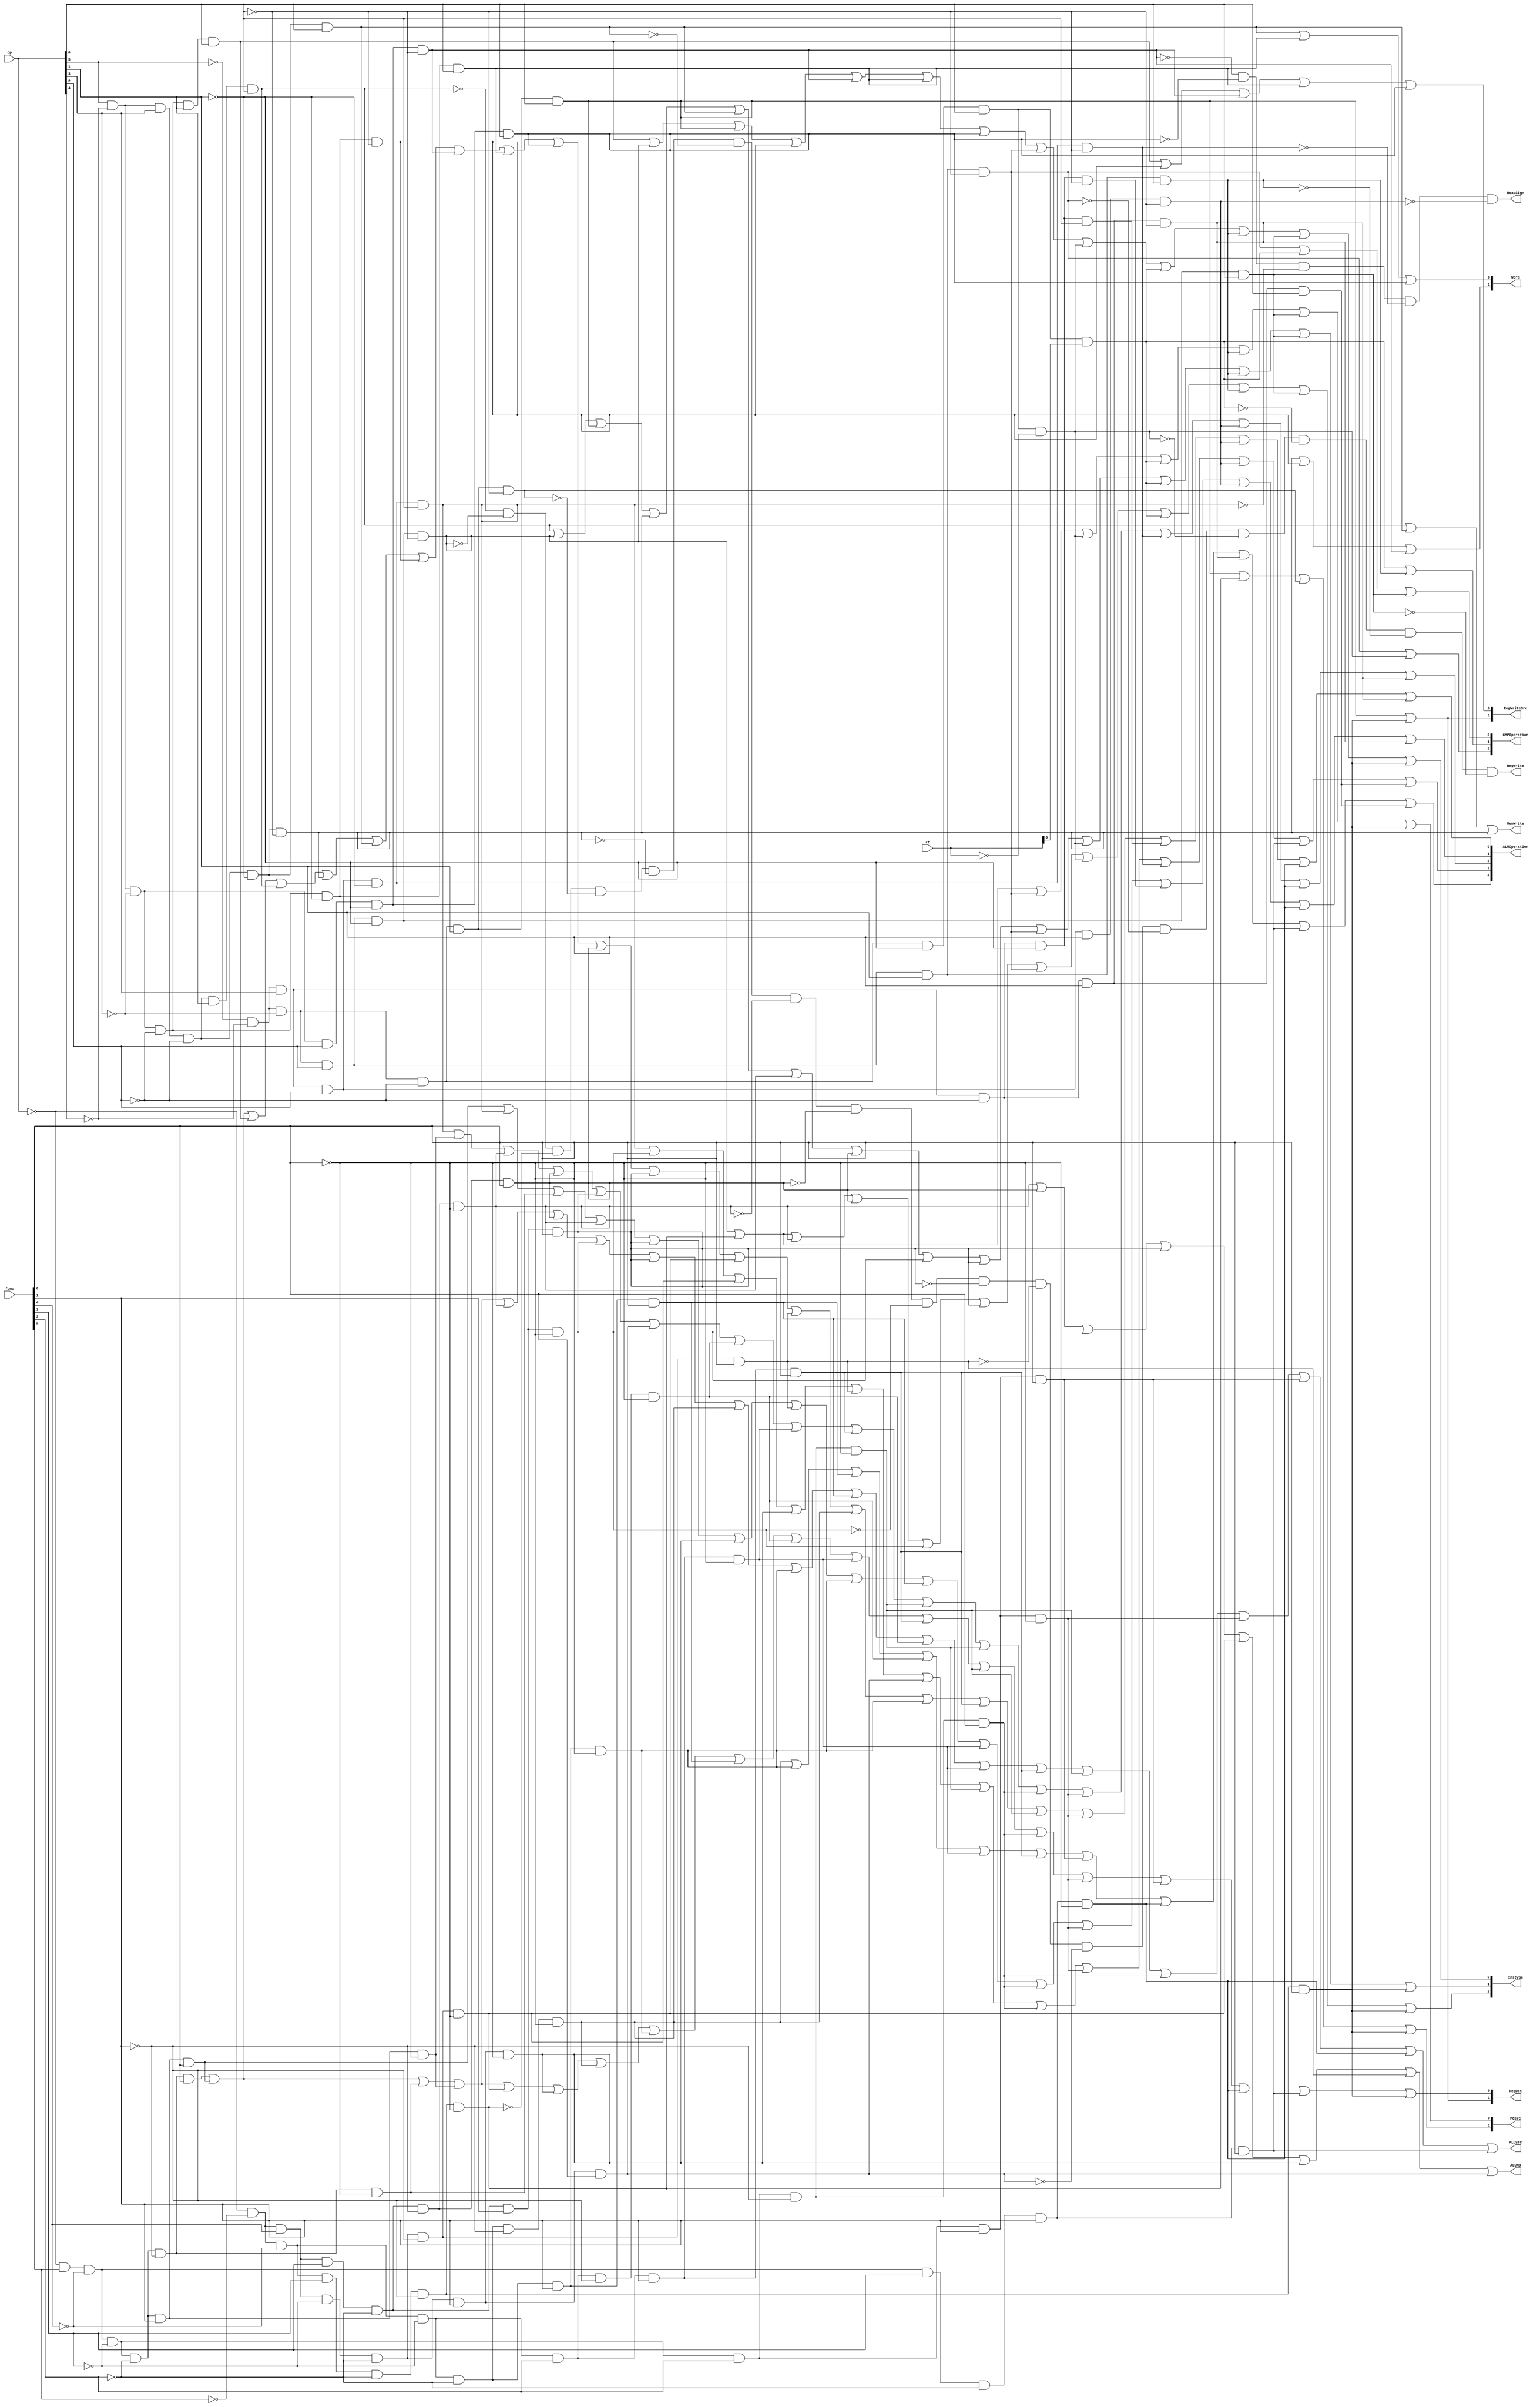
`timescale 1ns / 1ns
//////////////////////////////////////////////////////////////////////////////////
// Company:
// Engineer:
//
// Design Name:
// Module Name: ctrl
// Project Name:
// Target Devices:
// Tool Versions:
// Description:
//
// Dependencies:
//
// Revision:
// Revision 0.01 - File Created
// Additional Comments:
//
//////////////////////////////////////////////////////////////////////////////////


module Control(op,func,rt,PCSrc,RegWriteSrc,RegWrite,MemWrite,RegDst,ALUSrc,ALUOperation,ALUMD,CMPOperation,Word,ReadSign,Instype);
input [5:0] op;
input [5:0] func;
input [4:0] rt;
output [1:0] PCSrc,RegWriteSrc,RegDst,Word;
output [4:0] ALUOperation;
output  ALUMD;
output [2:0] Instype,CMPOperation;
output RegWrite,MemWrite,ALUSrc,ReadSign;

wire I_addu,I_subu,I_add,I_sub;
wire I_mult,I_multu,I_div,I_divu,I_mfhi,I_mflo,I_mthi,I_mtlo;
wire I_sll,I_srl,I_sra,I_sllv,I_srlv,I_srav;
wire I_ori,I_and,I_or,I_xor,I_nor,I_addi,I_addiu,I_andi,I_xori;
wire I_slt,I_slti,I_sltu,I_sltiu;
wire I_beq,I_bne,I_blez,I_bltz,I_bgez,I_bgtz;
wire I_lui;
wire I_jal,I_j,I_jr,I_jalr;
wire I_sb,I_sh,I_lb,I_lbu,I_lh,I_lhu,I_lw,I_sw;

assign I_addu=!op & func[5] & ~func[4] & ~func[3] & ~func[2] & ~func[1] & func[0];
assign I_subu=!op & func[5] & ~func[4] & ~func[3] & ~func[2] & func[1] & func[0];
assign I_ori=~op[5] & ~op[4] & op[3] & op[2] & ~op[1] & op[0];
assign I_lw=op[5] & ~op[4] & ~op[3] & ~op[2] & op[1] & op[0];
assign I_sw=op[5] & ~op[4] & op[3] & ~op[2] & op[1] & op[0];
assign I_beq=~op[5] & ~op[4] & ~op[3] & op[2] & ~op[1] & ~op[0];
assign I_lui=~op[5] & ~op[4] & op[3] & op[2] & op[1] & op[0];
assign I_jal=~op[5] & ~op[4] & ~op[3] & ~op[2] & op[1] & op[0];
assign I_jr=!op & ~func[5] & ~func[4] & func[3] & ~func[2] & ~func[1] & ~func[0];
assign I_j=~op[5] & ~op[4] & ~op[3] & ~op[2] & op[1] & ~op[0];
assign I_sb=op[5] & ~op[4] & op[3] & ~op[2] & ~op[1] & ~op[0];
assign I_sh=op[5] & ~op[4] & op[3] & ~op[2] & ~op[1] & op[0];
assign I_lb=op[5] & ~op[4] & ~op[3] & ~op[2] & ~op[1] & ~op[0];
assign I_lbu=op[5] & ~op[4] & ~op[3] & op[2] & ~op[1] & ~op[0];
assign I_lh=op[5] & ~op[4] & ~op[3] & ~op[2] & ~op[1] & op[0];
assign I_lhu=op[5] & ~op[4] & ~op[3] & op[2] & ~op[1] & op[0];
assign I_add=!op & func[5] & ~func[4] & ~func[3] & ~func[2] & ~func[1] & ~func[0];
assign I_sub=!op & func[5] & ~func[4] & ~func[3] & ~func[2] & func[1] & ~func[0];
assign I_mult=!op & ~func[5] & func[4] & func[3] & ~func[2] & ~func[1] & ~func[0];
assign I_multu=!op & ~func[5] & func[4] & func[3] & ~func[2] & ~func[1] & func[0];
assign I_div=!op & ~func[5] & func[4] & func[3] & ~func[2] & func[1] & ~func[0];
assign I_divu=!op & ~func[5] & func[4] & func[3] & ~func[2] & func[1] & func[0];
assign I_mfhi=!op & ~func[5] & func[4] & ~func[3] & ~func[2] & ~func[1] & ~func[0];
assign I_mflo=!op & ~func[5] & func[4] & ~func[3] & ~func[2] & func[1] & ~func[0];
assign I_mthi=!op & ~func[5] & func[4] & ~func[3] & ~func[2] & ~func[1] & func[0];
assign I_mtlo=!op & ~func[5] & func[4] & ~func[3] & ~func[2] & func[1] & func[0];
assign I_sll=!op & ~func[5] & ~func[4] & ~func[3] & ~func[2] & ~func[1] & ~func[0];
assign I_srl=!op & ~func[5] & ~func[4] & ~func[3] & ~func[2] & func[1] & ~func[0];
assign I_sra=!op & ~func[5] & ~func[4] & ~func[3] & ~func[2] & func[1] & func[0];
assign I_sllv=!op & ~func[5] & ~func[4] & ~func[3] & func[2] & ~func[1] & ~func[0];
assign I_srlv= !op & ~func[5] & ~func[4] & ~func[3] & func[2] & func[1] & ~func[0];
assign I_srav=!op & ~func[5] & ~func[4] & ~func[3] & func[2] & func[1] & func[0];
assign I_and=!op & func[5] & ~func[4] & ~func[3] & func[2] & ~func[1] & ~func[0];
assign I_or= !op &func[5] & ~func[4] & ~func[3] & func[2] & ~func[1] & func[0];
assign I_xor=!op & func[5] & ~func[4] & ~func[3] & func[2] & func[1] & ~func[0];
assign I_nor=!op & func[5] & ~func[4] & ~func[3] & func[2] & func[1] & func[0];
assign I_addi=~op[5] & ~op[4] & op[3] & ~op[2] & ~op[1] & ~op[0];
assign I_addiu=~op[5] & ~op[4] & op[3] & ~op[2] & ~op[1] & op[0];
assign I_andi=~op[5] & ~op[4] & op[3] & op[2] & ~op[1] & ~op[0];
assign I_xori=~op[5] & ~op[4] & op[3] & op[2] & op[1] & ~op[0];
assign I_slt=!op & func[5] & ~func[4] & func[3] & ~func[2] & func[1] & ~func[0];
assign I_slti=~op[5] & ~op[4] & op[3] & ~op[2] & op[1] & ~op[0];
assign I_sltu=!op & func[5] & ~func[4] & func[3] & ~func[2] & func[1] & func[0];
assign I_sltiu=~op[5] & ~op[4] & op[3] & ~op[2] & op[1] & op[0];
assign I_blez=~op[5] & ~op[4] & ~op[3] & op[2] & op[1] & ~op[0];

assign I_bltz=~op[5] & ~op[4] & ~op[3] & ~op[2] & ~op[1] & op[0] & !rt;
assign I_bgez=~op[5] & ~op[4] & ~op[3] & ~op[2] & ~op[1] & op[0] & rt[0];

assign I_bgtz=~op[5] & ~op[4] & ~op[3] & op[2] & op[1] & op[0];
assign I_bne=~op[5] & ~op[4] & ~op[3] & op[2] & ~op[1] & op[0];
assign I_jalr=!op & ~func[5] & ~func[4] & func[3] & ~func[2] & ~func[1] & func[0];



assign PCSrc[0]=I_beq | I_jr| I_blez | I_bltz | I_bgez | I_bgtz |I_bne | I_jalr;
assign PCSrc[1]=I_jal | I_jr | I_j | I_jalr;
assign RegWriteSrc[0]=I_lw |I_lb |I_lbu |I_lh |I_lhu;
assign RegWriteSrc[1]=I_jal | I_jalr;
assign RegWrite=~I_sw & ~I_beq & ~I_jr & ~I_j & ~I_sb & ~I_sh & ~I_mult & ~I_multu & ~I_div & ~I_divu & ~I_mthi & ~I_mtlo
        & ~I_blez & ~I_bltz & ~I_bgez & ~I_bgtz & ~I_bne;
assign MemWrite=I_sw | I_sh | I_sb;
assign RegDst[0]=I_addu |I_subu | I_add | I_sub | I_mfhi | I_mflo | I_sll | I_srl | I_sra | I_sllv | I_srlv |I_srav | I_and | I_or |I_xor |I_nor | I_slt | I_sltu | I_jalr;
assign RegDst[1]=I_jal | I_jalr ;
assign ALUSrc=I_addu | I_subu | I_add | I_sub | I_mult | I_multu |I_div | I_divu | I_sll | I_srl | I_sra | I_sllv | I_srlv |I_srav | I_and | I_or |I_xor |I_nor | I_slt | I_sltu;
assign ALUOperation[0]=I_subu | I_addu | I_lw | I_sw | I_sb | I_sh | I_lb | I_lbu | I_lh | I_lhu | I_multu | I_divu | I_mfhi | I_mthi | I_sll | I_srl| I_srav | I_and | I_xor| I_addiu | I_xori | I_slt | I_slti;
assign ALUOperation[1]=I_subu | I_ori | I_add | I_mult | I_divu | I_mflo | I_mthi | I_srl | I_sra | I_srlv |I_or | I_xor | I_addi |I_xori | I_slt | I_slti;
assign ALUOperation[2]=I_ori | I_sub| I_mult | I_multu | I_divu | I_mtlo| I_sllv | I_srlv | I_srav | I_and | I_and | I_or | I_xor | I_andi | I_xori | I_slt | I_slti;
assign ALUOperation[3]=I_ori | I_div | I_mfhi | I_mflo | I_mthi | I_mtlo | I_and | I_or | I_xor | I_andi | I_xori | I_sltu | I_sltiu;
assign ALUOperation[4]=I_sll | I_srl | I_sra |I_sllv |I_srlv | I_srav| I_nor | I_slt | I_slti | I_sltu | I_sltiu;
assign ALUMD=I_mult | I_multu | I_div | I_divu | I_mfhi | I_mflo | I_mthi | I_mtlo;
assign CMPOperation[0]=I_blez | I_bgez | I_bne;
assign CMPOperation[1]=I_bgez | I_bgtz;
assign CMPOperation[2]=I_blez | I_bltz;
assign Word[0]=I_sh | I_lh | I_lhu;
assign Word[1]=I_sb | I_lb | I_lbu;
assign ReadSign=~I_lbu & ~I_lhu & ~I_ori & ~I_andi & ~I_xori;
assign Instype[0]=I_lw | I_beq | I_jal | I_lb | I_lbu | I_lh |I_lhu | I_blez |I_bltz | I_bgez | I_bgtz |I_bne | I_jalr;
assign Instype[1]=I_sw | I_beq | I_jal | I_sb | I_sh |I_mult | I_multu | I_div | I_divu | I_blez | I_bltz | I_bgez | I_bgtz | I_bne | I_jalr;
assign Instype[2]=I_beq | I_jr | I_mult| I_multu | I_div | I_divu | I_blez | I_bltz | I_bgez | I_bgtz | I_bne | I_jalr;




endmodule